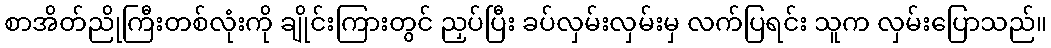
စာအိတ်ညိုကြီးတစ်လုံးကို ချိုင်းကြားတွင် ညှပ်ပြီး ခပ်လှမ်းလှမ်းမှ လက်ပြရင်း သူက လှမ်းပြောသည်။